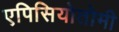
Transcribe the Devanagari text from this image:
एपिसियोतोमी